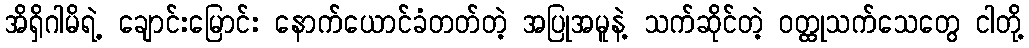
အိရှိဂါမိရဲ့ ချောင်းမြောင်း နောက်ယောင်ခံတတ်တဲ့ အပြုအမူနဲ့ သက်ဆိုင်တဲ့ ဝတ္ထုသက်သေတွေ ငါတို့